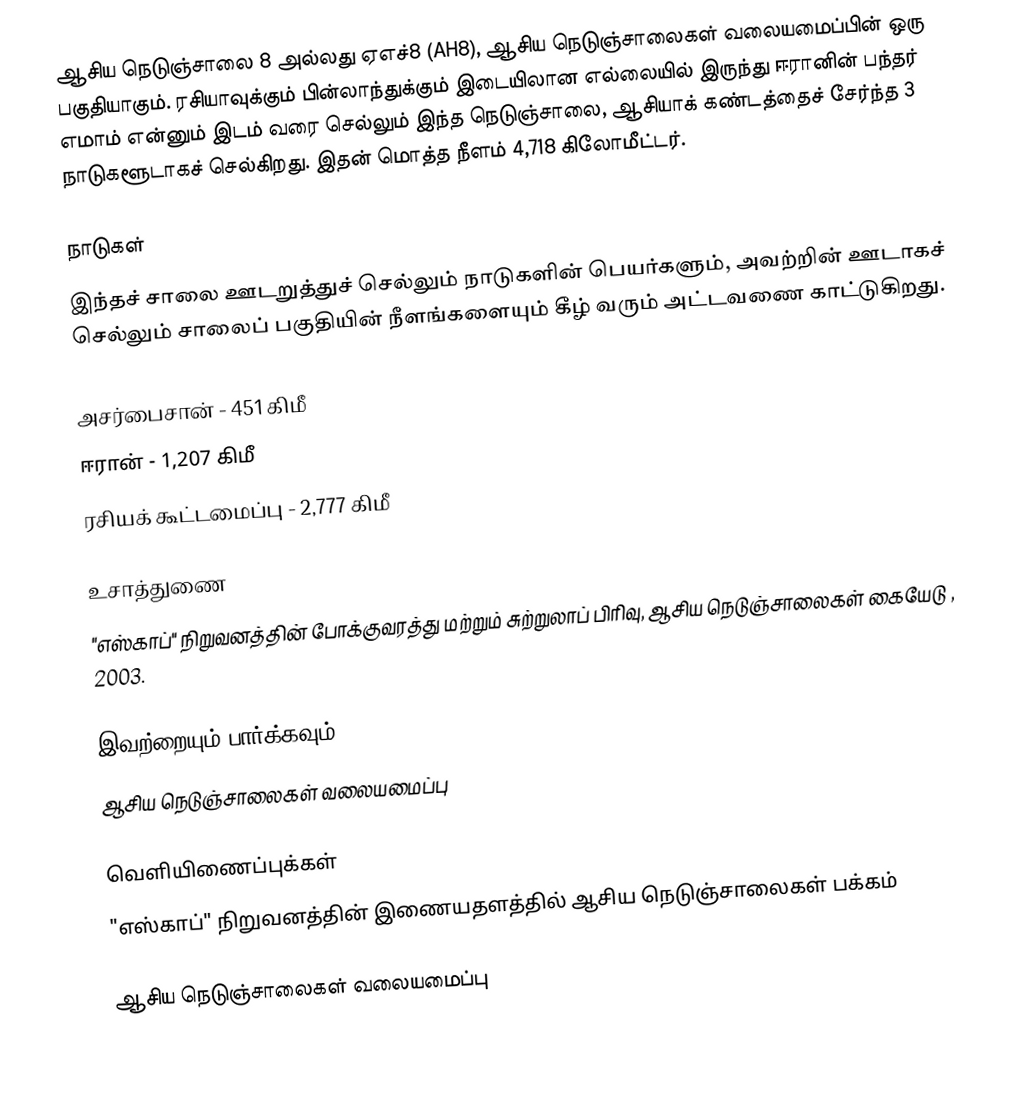
ஆசிய நெடுஞ்சாலை 8 அல்லது ஏஎச்8 (AH8), ஆசிய நெடுஞ்சாலைகள் வலையமைப்பின் ஒரு பகுதியாகும். ரசியாவுக்கும் பின்லாந்துக்கும் இடையிலான எல்லையில் இருந்து ஈரானின் பந்தர் எமாம் என்னும் இடம் வரை செல்லும் இந்த நெடுஞ்சாலை, ஆசியாக் கண்டத்தைச் சேர்ந்த 3 நாடுகளூடாகச் செல்கிறது. இதன் மொத்த நீளம் 4,718 கிலோமீட்டர்.

நாடுகள்
இந்தச் சாலை ஊடறுத்துச் செல்லும் நாடுகளின் பெயர்களும், அவற்றின் ஊடாகச் செல்லும் சாலைப் பகுதியின் நீளங்களையும் கீழ் வரும் அட்டவணை காட்டுகிறது.

 அசர்பைசான் - 451 கிமீ
 ஈரான் - 1,207 கிமீ
 ரசியக் கூட்டமைப்பு - 2,777 கிமீ

உசாத்துணை
 "எஸ்காப்" நிறுவனத்தின் போக்குவரத்து மற்றும் சுற்றுலாப் பிரிவு, ஆசிய நெடுஞ்சாலைகள் கையேடு , 2003.

இவற்றையும் பார்க்கவும்
 ஆசிய நெடுஞ்சாலைகள் வலையமைப்பு

வெளியிணைப்புக்கள்
 "எஸ்காப்" நிறுவனத்தின் இணையதளத்தில் ஆசிய நெடுஞ்சாலைகள் பக்கம்

 ஆசிய நெடுஞ்சாலைகள் வலையமைப்பு